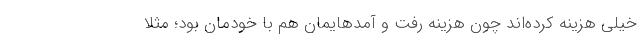
خیلی هزینه کرده‌اند چون هزینه رفت و آمدهایمان هم با خودمان بود؛ مثلا